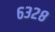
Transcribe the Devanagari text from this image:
६३२८